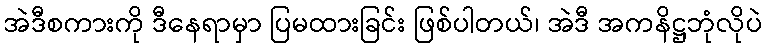
အဲဒီစကားကို ဒီနေရာမှာ ပြမထားခြင်း ဖြစ်ပါတယ်၊ အဲဒီ အကနိဋ္ဌဘုံလိုပဲ